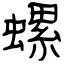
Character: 螺